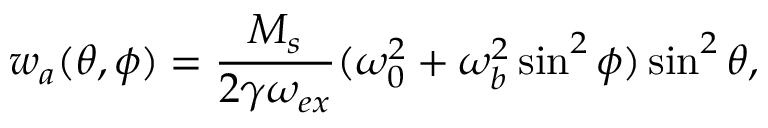
w _ { a } ( \theta , \phi ) = \frac { M _ { s } } { 2 \gamma \omega _ { e x } } ( \omega _ { 0 } ^ { 2 } + \omega _ { b } ^ { 2 } \sin ^ { 2 } \phi ) \sin ^ { 2 } \theta ,